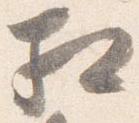
相